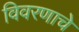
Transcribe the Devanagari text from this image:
विवरणाचे